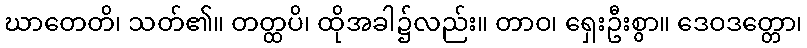
ဃာတေတိ၊ သတ်၏။ တတ္ထပိ၊ ထိုအခါ၌လည်း။ တာဝ၊ ရှေးဦးစွာ။ ဒေဝဒတ္တော၊